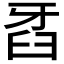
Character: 𤘈